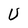
Character: U